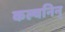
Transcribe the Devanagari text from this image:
कल्वनिन्